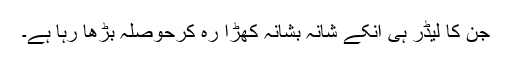
جن کا لیڈر ہی انکے شانہ بشانہ کھڑا رہ کرحوصلہ بڑھا رہا ہے۔